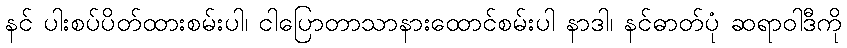
နင် ပါးစပ်ပိတ်ထားစမ်းပါ၊ ငါပြောတာသာနားထောင်စမ်းပါ နာဒါ၊ နင်ဓာတ်ပုံ ဆရာဝါဒီကို